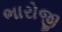
ભારોજી